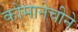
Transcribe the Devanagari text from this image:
कोमानेचीने